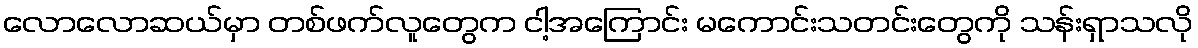
လောလောဆယ်မှာ တစ်ဖက်လူတွေက ငါ့အကြောင်း မကောင်းသတင်းတွေကို သန်းရှာသလို